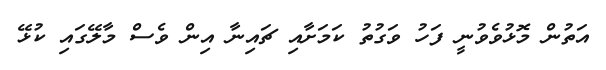
އަތުން މޮޅުވެވުނީ ފަހު ވަގުތު ކަމަށާއި ޗައިނާ އިން ވެސް މާލޭގައި ކުޅޭ